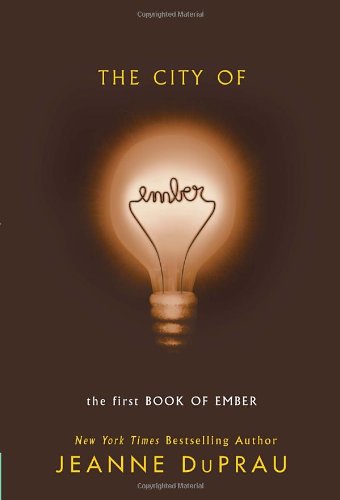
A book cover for The City of Ember (The First Book of Ember); Jeanne DuPrau; Children's Books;